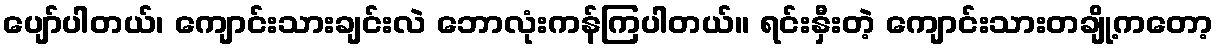
ပျော်ပါတယ်၊ ကျောင်းသားချင်းလဲ ဘောလုံးကန်ကြပါတယ်။ ရင်းနှီးတဲ့ ကျောင်းသားတချို့ကတော့